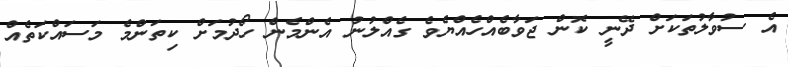
އެ ސުވާލުތަކަށް ދޭނީ ކޮން ޖަވާބެއްހެއްޔެވެ ގެއްލުނު އެންމެން ހޯދުމަށް ކިތަންމެ މަސައްކަތެއް